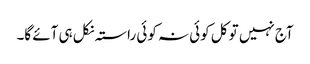
آج نہیں تو کل کوئی نہ کوئی راستہ نکل ہی آئے گا۔